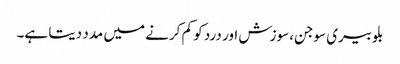
بلوبیری سوجن، سوزش اور درد کو کم کرنے میں مدد دیتا ہے۔